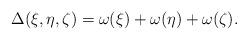
LaTeX: \begin{align*}\Delta(\xi,\eta,\zeta) = \omega(\xi) + \omega(\eta) + \omega(\zeta).\end{align*}